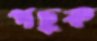
পচুক